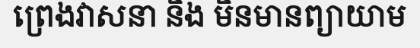
ព្រេងវាសនា និង មិនមានព្យាយាម